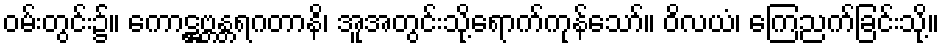
ဝမ်းတွင်း၌။ ကောဋ္ဌဗ္ဘန္တရဂတာနိ၊ အူအတွင်းသို့ရောက်ကုန်သော်။ ဝိလယံ၊ ကြေညက်ခြင်းသို့။